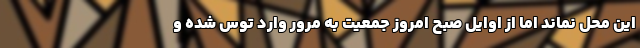
این محل نماند اما از اوایل صبح امروز جمعیت به مرور وارد توس شده و